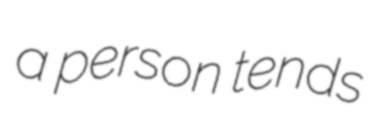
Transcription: a person tends